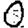
Digit: 0